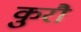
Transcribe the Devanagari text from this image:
कुरौ